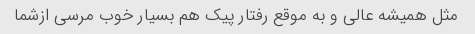
مثل همیشه عالی و به موقع رفتار پیک هم بسیار خوب مرسی ازشما